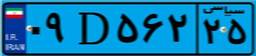
۰۹D۵۶۲۲۵